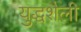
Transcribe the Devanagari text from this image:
युद्धशैली